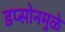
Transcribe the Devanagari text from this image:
डप्सोनमुळे